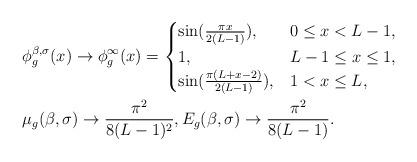
LaTeX: \begin{align*}&\phi_g^{\beta,\sigma}(x)\to \phi_g^{\infty}(x)=\begin{cases}\sin(\frac{\pi{x}}{2(L-1)}), &0\le{x}<L-1,\\1, &L-1\le{x}\le1,\\\sin(\frac{\pi(L+x-2)}{2(L-1)}), &1<x\le{L},\end{cases}\\&\mu_g(\beta,\sigma)\to\frac{\pi^2}{8(L-1)^2},{E}_g(\beta,\sigma)\to\frac{\pi^2}{8(L-1)}.\end{align*}